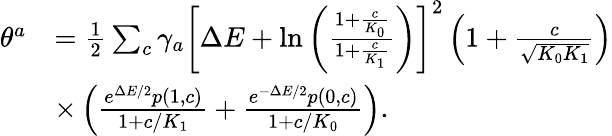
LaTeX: \begin{array}{rl}{\theta^{a}}&{=\frac{1}{2}\sum_{c}\gamma_{a}\left[\Delta E+\ln\left(\frac{1+\frac{c}{K_{0}}}{1+\frac{c}{K_{1}}}\right)\right]^{2}\left(1+\frac{c}{\sqrt{K_{0}K_{1}}}\right)}\\ &{\times\left(\frac{e^{\Delta E/2}p\left(1,c\right)}{1+c/K_{1}}+\frac{e^{-\Delta E/2}p\left(0,c\right)}{1+c/K_{0}}\right).}\end{array}